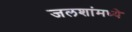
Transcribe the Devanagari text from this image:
जलशांमध्ये